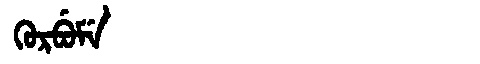
Manchu: ᡴᡠᡵᠪᡠᠮᡝ
Romanization: KURBUME